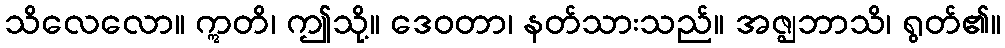
သိလေလော။ ဣတိ၊ ဤသို့။ ဒေဝတာ၊ နတ်သားသည်။ အဇ္ဈဘာသိ၊ ရွတ်၏။